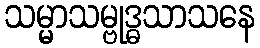
သမ္မာသမ္ဗုဒ္ဓသာသနေ